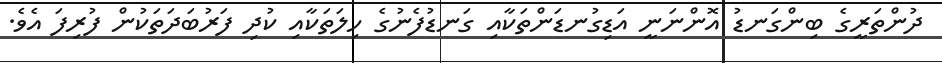
ދުންތަރީގެ ބިންގަނޑު އޮންނަނީ އަޑިގުނޑަންތަކާއި ގަނޑުފެނުގެ ހިލަތަކާއި ކުދި ފަރުބަދަތަކުން ފުރިފަ އެވެ.